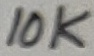
Text: 10K